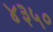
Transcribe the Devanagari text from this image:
४३५०